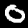
Digit: 0